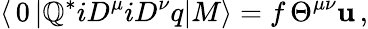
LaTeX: \langle\, 0\, |\mathbb{Q}^{*}iD^{\mu}iD^{\nu}q|M\rangle=f\, \Theta^{\mu\nu}\mathbf{u}\, ,